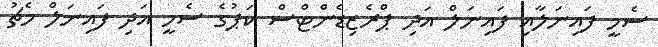
ސެމީ ފައިނަލާއި ފައިނަލް އަދި ޕްރެޒިޑެންޓްސް ކަޕުގެ ސެމީ އަދި ފައިނަލް މެޗު